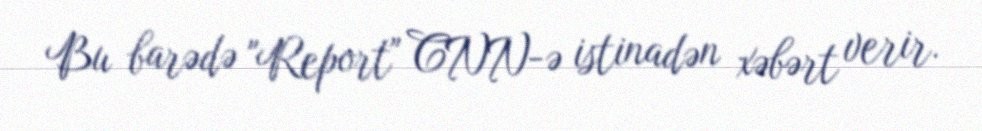
Bu barədə "Report" CNN-ə istinadən xəbərt verir.